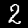
Label: 2